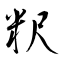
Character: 粎